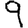
Digit: 9